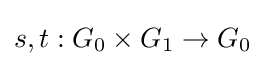
s,t:G_{0}\times G_{1}\to G_{0}